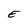
Character: E